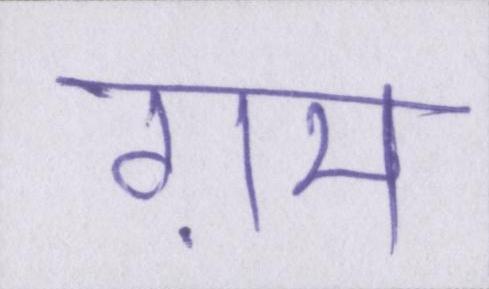
ग़म